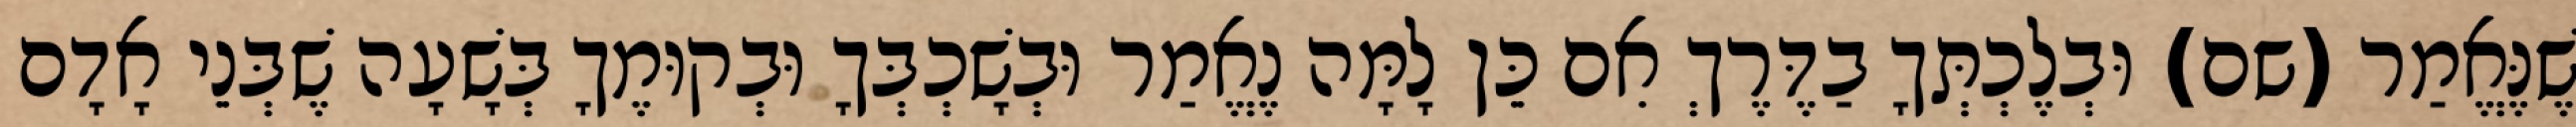
שֶׁנֶּאֱמַר (שם) וּבְלֶכְתְּךָ בַדֶּרֶךְ אִם כֵּן לָמָּה נֶאֱמַר וּבְשָׁכְבְּךָ וּבְקוּמֶךָ בְּשָׁעָה שֶׁבְּנֵי אָדָם